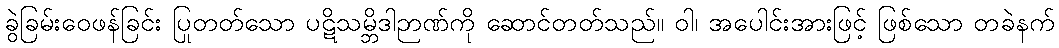
ခွဲခြမ်းဝေဖန်ခြင်း ပြုတတ်သော ပဋိသမ္ဘိဒါဉာဏ်ကို ဆောင်တတ်သည်။ ဝါ၊ အပေါင်းအားဖြင့် ဖြစ်သော တခဲနက်